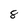
Character: 8